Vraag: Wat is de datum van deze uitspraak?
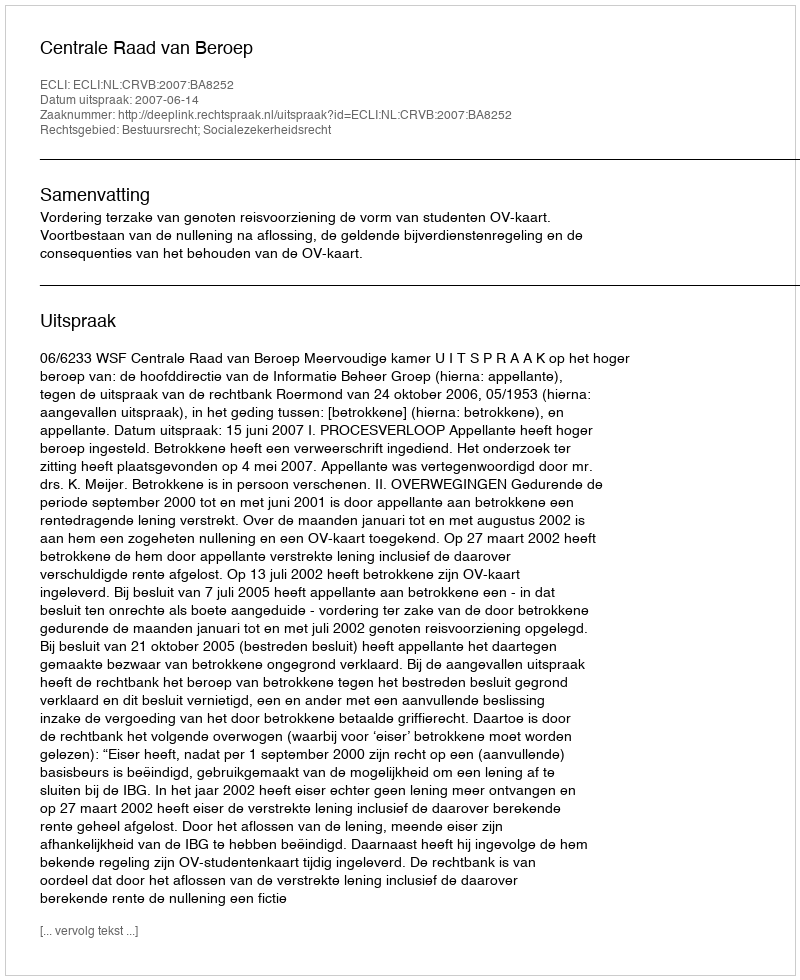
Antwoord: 2007-06-14